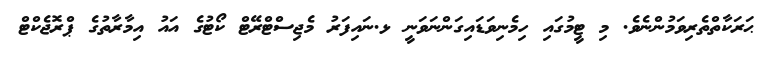
ޙަރަކާތްތެރިވަމުންނެވެ. މި ޓީމުގައި ހިމެނިވަޑައިގަންނަވަނީ ޅ.ނައިފަރު މެޖިސްޓްރޭޓް ކޯޓުގެ އައު އިމާރާތުގެ ޕްރޮޖެކްޓް